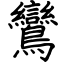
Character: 鸞